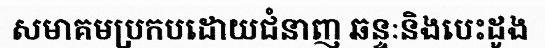
សមាគមប្រកបដោយជំនាញ ឆន្ទៈនិងបេះដូង